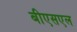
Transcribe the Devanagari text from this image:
बीएसएल